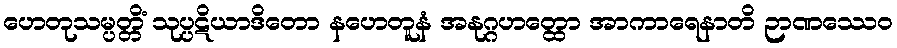
ဟေတုသမ္ပတ္တိံ သုပ္ပဋိယာဒိတော နဟေတူနံ အနုဂ္ဂဟတ္ထော အာကာရေနာတိ ဉာဏဿေဝ